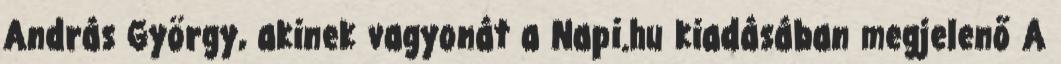
András György, akinek vagyonát a Napi.hu kiadásában megjelenő A